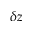
\delta z